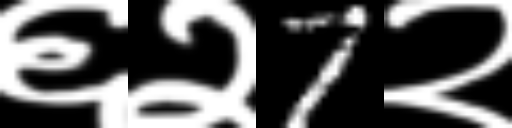
Text: ६२7२